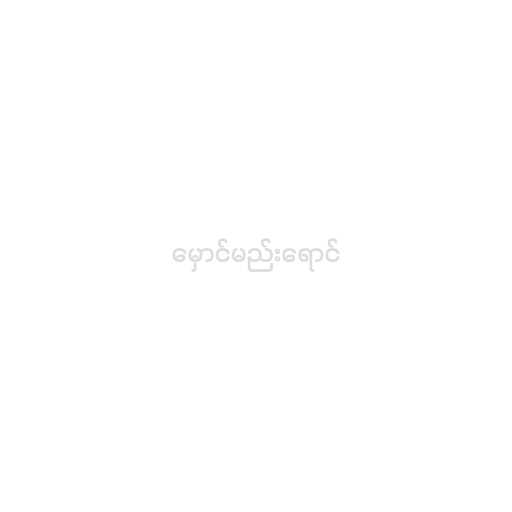
မှောင်မည်းရောင်